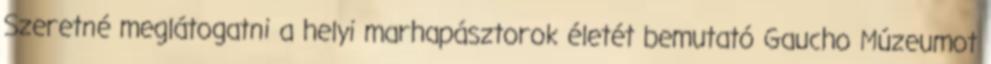
Szeretné meglátogatni a helyi marhapásztorok életét bemutató Gaucho Múzeumot